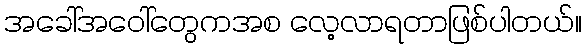
အခေါ်အဝေါ်တွေကအစ လေ့လာရတာဖြစ်ပါတယ်။